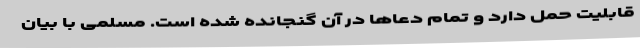
قابلیت حمل دارد و تمام دعاها در آن گنجانده شده است. مسلمی با بیان